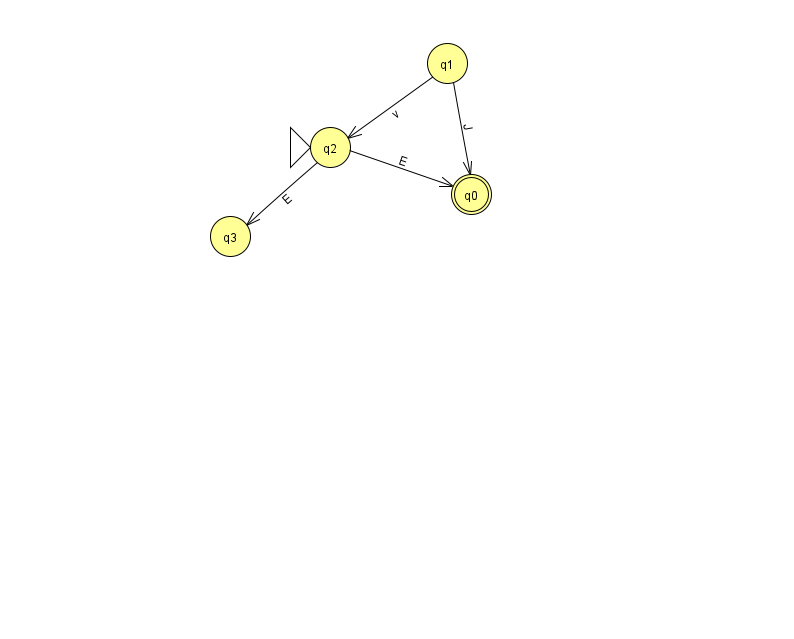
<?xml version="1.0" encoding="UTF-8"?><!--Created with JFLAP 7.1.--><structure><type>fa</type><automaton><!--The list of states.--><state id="0" name="q0"><x>471.0</x><y>181.0</y><final/></state><state id="1" name="q1"><x>447.0</x><y>50.0</y></state><state id="2" name="q2"><x>330.0</x><y>134.0</y><initial/></state><state id="3" name="q3"><x>230.0</x><y>223.0</y></state><!--The list of transitions.--><transition><from>1</from><to>0</to><read>J</read></transition><transition><from>2</from><to>0</to><read>E</read></transition><transition><from>1</from><to>2</to><read>v</read></transition><transition><from>2</from><to>3</to><read>E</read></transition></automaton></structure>